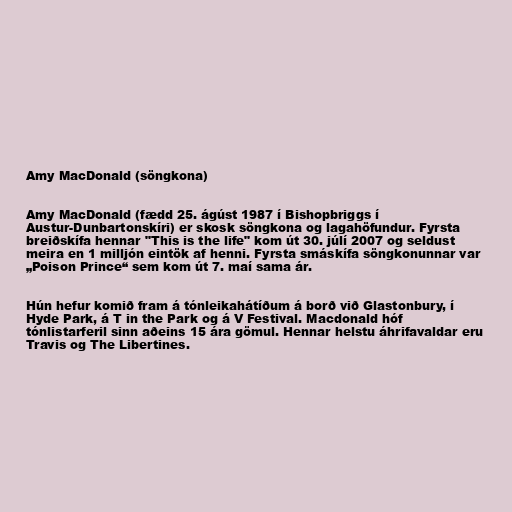
Amy MacDonald (söngkona)

Amy MacDonald (fædd 25. ágúst 1987 í Bishopbriggs í
Austur-Dunbartonskíri) er skosk söngkona og lagahöfundur. Fyrsta
breiðskífa hennar "This is the life" kom út 30. júlí 2007 og seldust
meira en 1 milljón eintök af henni. Fyrsta smáskífa söngkonunnar var
„Poison Prince“ sem kom út 7. maí sama ár.

Hún hefur komið fram á tónleikahátíðum á borð við Glastonbury, í
Hyde Park, á T in the Park og á V Festival. Macdonald hóf
tónlistarferil sinn aðeins 15 ára gömul. Hennar helstu áhrifavaldar eru
Travis og The Libertines.